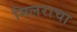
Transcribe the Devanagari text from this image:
मिलराचा